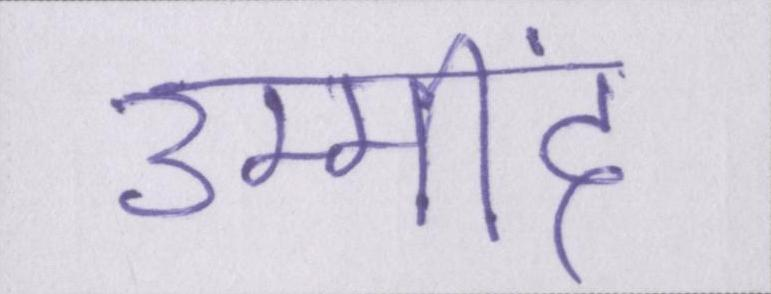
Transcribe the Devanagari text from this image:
उम्मींद